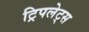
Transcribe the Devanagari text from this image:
ट्रिपलेट्स